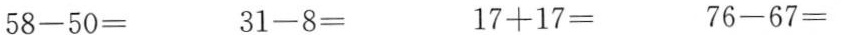
58-50= 31-8= 17+17= 76-67=